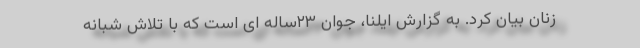
زنان بیان کرد. به گزارش ایلنا، جوان ۲۳ساله ای است که با تلاش شبانه